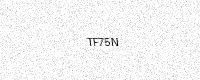
Text: TF75N